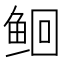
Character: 𫚔